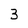
Character: 3